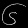
Digit: ၆